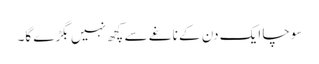
سوچا ایک دن کے ناغے سے کچھ نہیں بگڑے گا۔